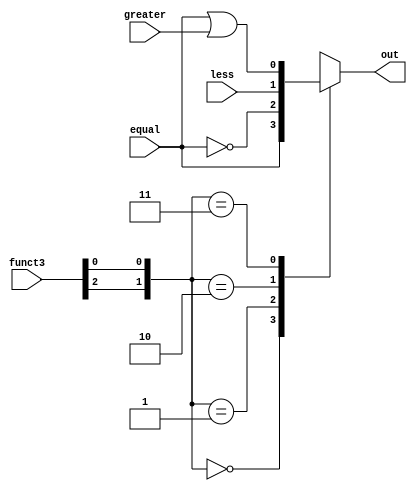
`timescale 1ns / 1ps
//////////////////////////////////////////////////////////////////////////////////
// Company: 
// 
// Design Name: 
// Module Name: PCBranch
// Project Name: 
// Target Devices: 
// Tool Versions: 
// Description: 
// 
// Dependencies: 
// 
// Revision:
// Revision 0.01 - File Created
// Additional Comments:
// 
//////////////////////////////////////////////////////////////////////////////////


module PCBranch(
    output reg out,
    input equal,
    input greater,
    input less,
    input [2:0] funct3
    );

    always @(*)
        casex ({funct3[2], funct3[0]})
            2'b00 : out = equal;
            2'b01 : out = ~equal;
            2'b10 : out = less;
            2'b11 : out = equal | greater;
            default: out = 1'b0;
        endcase
endmodule